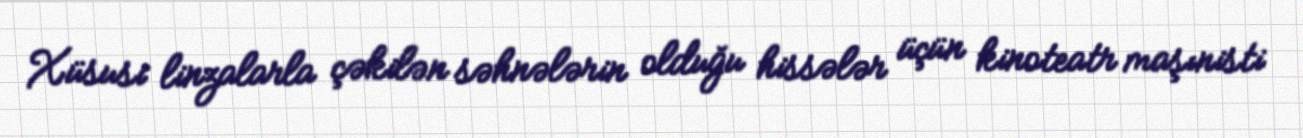
Xüsusi linzalarla çəkilən səhnələrin olduğu hissələr üçün kinoteatr maşınisti